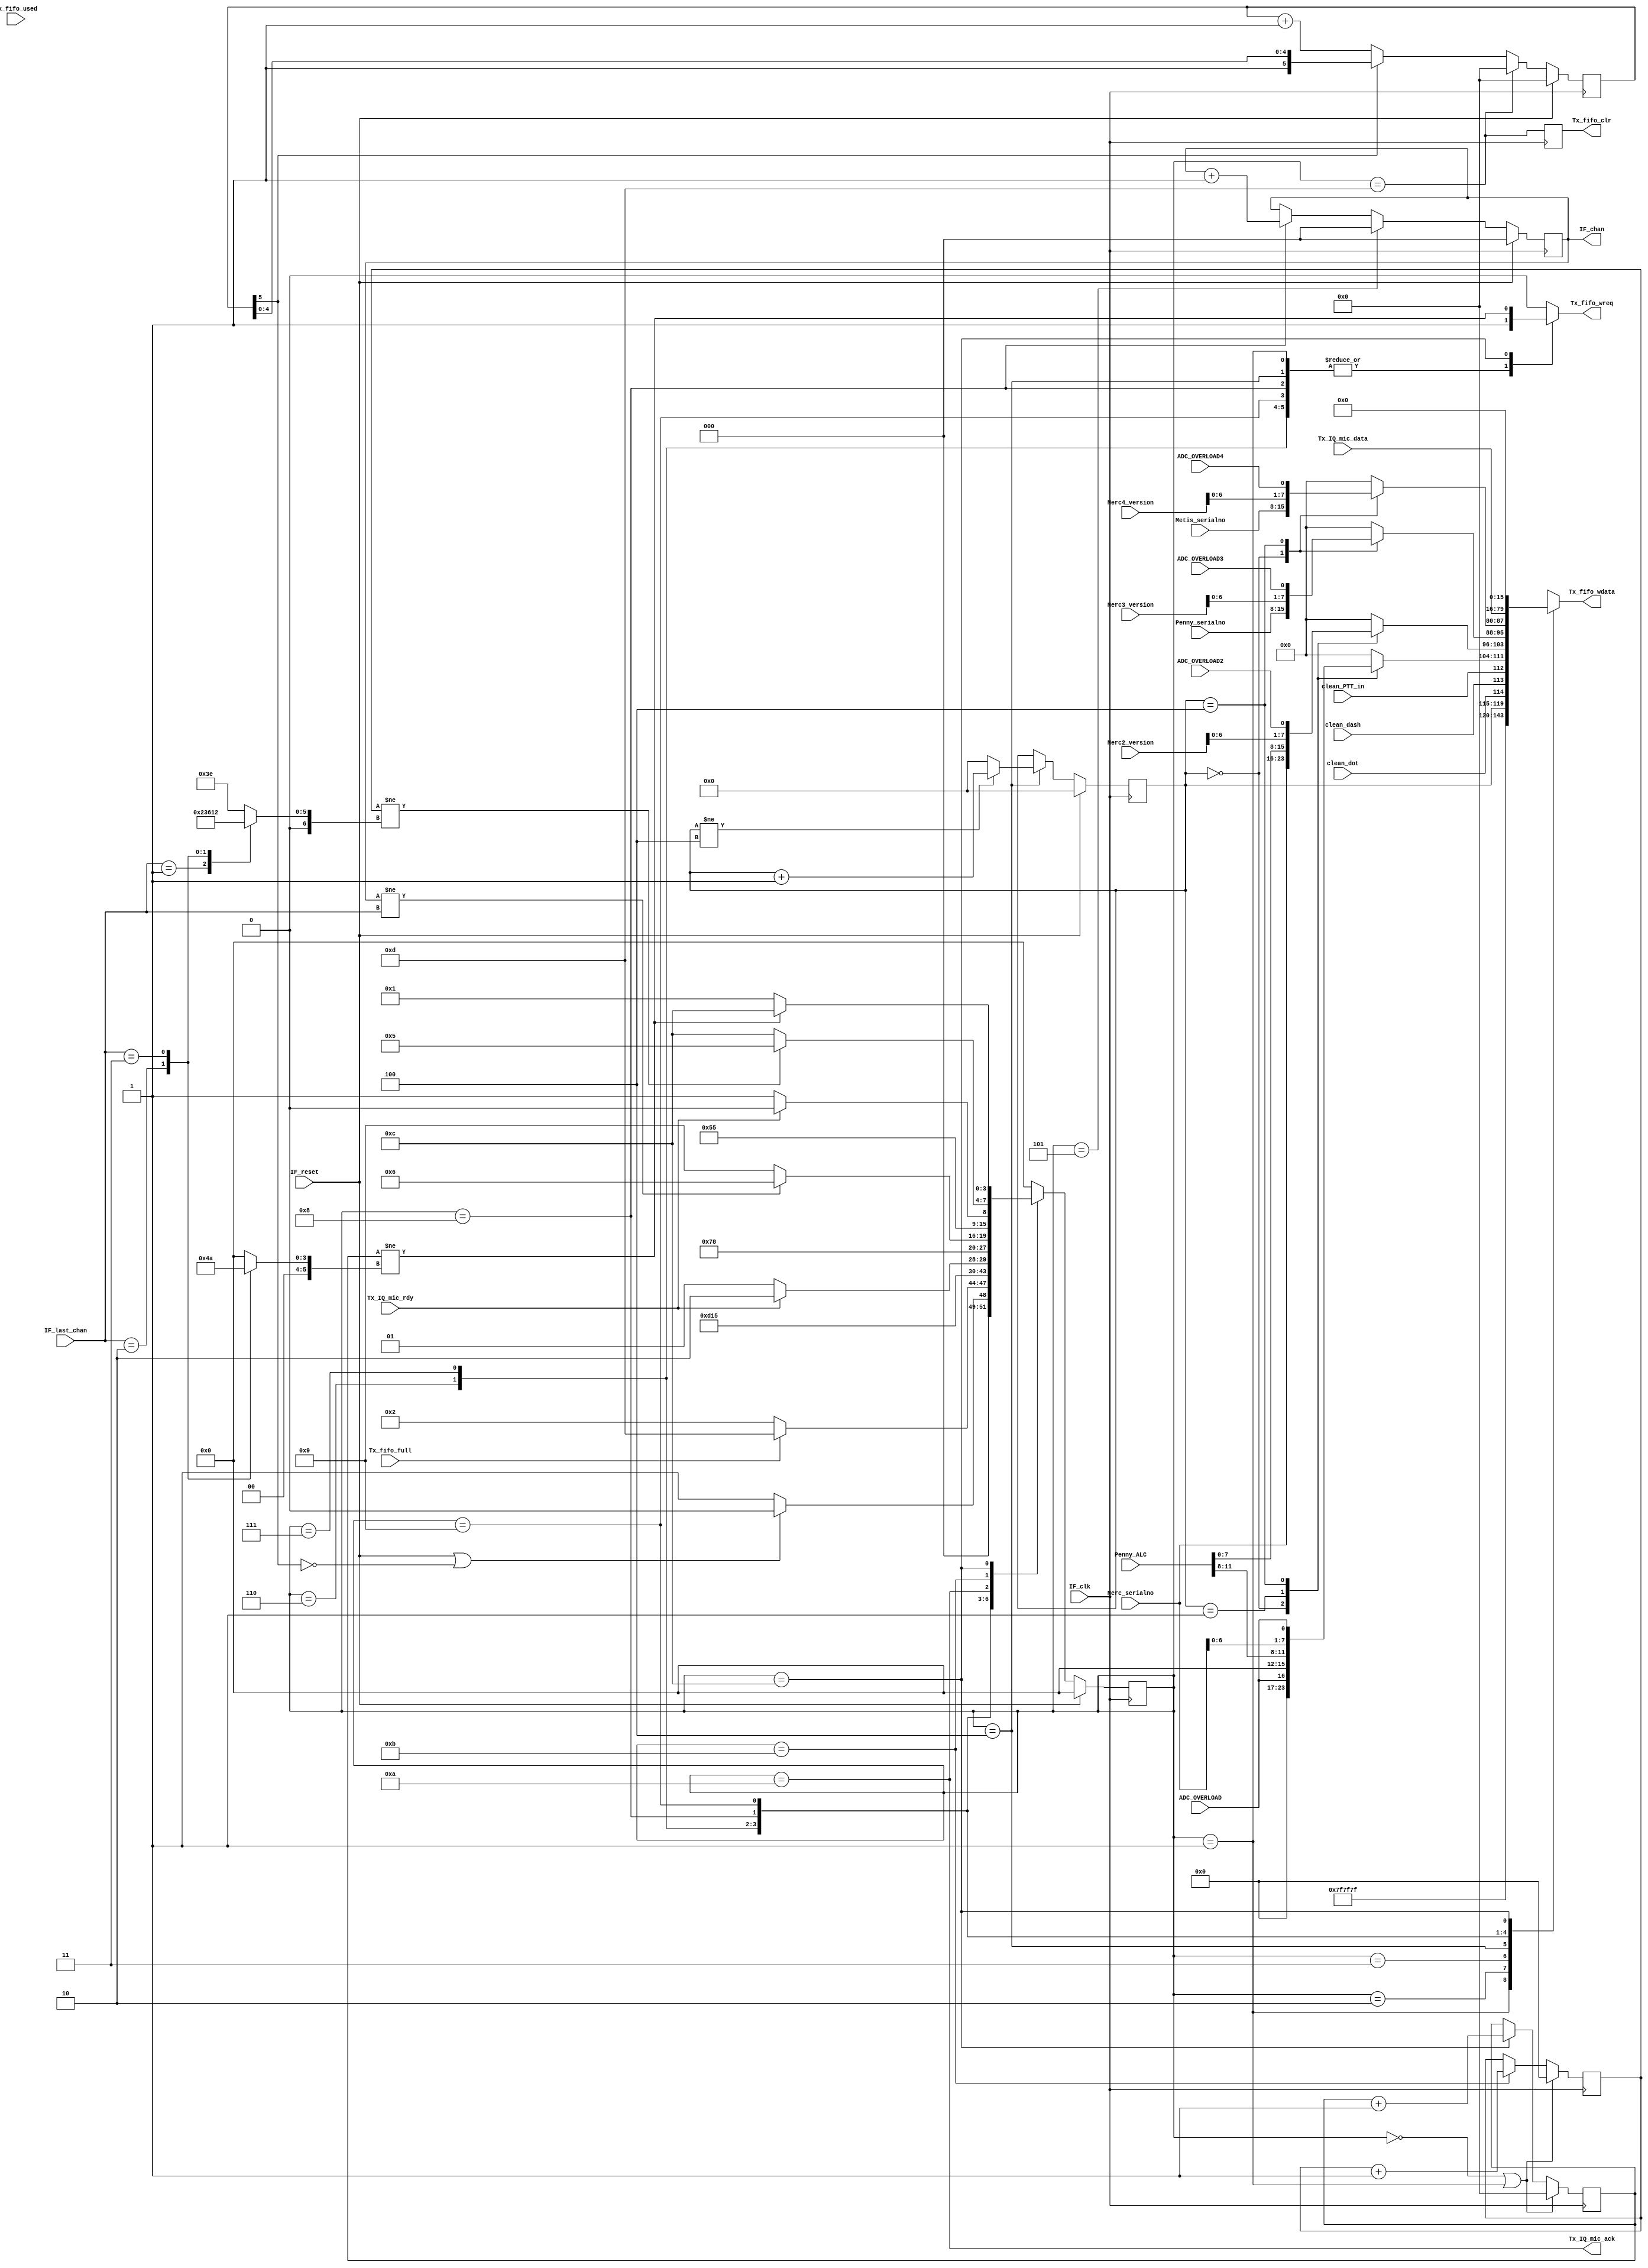
//
//  HPSDR - High Performance Software Defined Radio
//
//  Metis code. 
//
//  This program is free software; you can redistribute it and/or modify
//  it under the terms of the GNU General Public License as published by
//  the Free Software Foundation; either version 2 of the License, or
//  (at your option) any later version.
//
//  This program is distributed in the hope that it will be useful,
//  but WITHOUT ANY WARRANTY; without even the implied warranty of
//  MERCHANTABILITY or FITNESS FOR A PARTICULAR PURPOSE.  See the
//  GNU General Public License for more details.
//
//  You should have received a copy of the GNU General Public License
//  along with this program; if not, write to the Free Software
//  Foundation, Inc., 59 Temple Place, Suite 330, Boston, MA  02111-1307  USA



// Tx_fifo - copyright 2010, 2011 Kirk Weedman KD7IRS





//////////////////////////////////////////////////////////////
//
//      Read A/D converter, send sync and C&C to Tx FIFO
//
//////////////////////////////////////////////////////////////

/*
        The following code sends the sync bytes, control bytes and A/D samples.

        The code is structured around watching transitions of LRCLK which will
        be as fast or faster than CLRCLK (48kHz). 
        
        At each state we determine what data needs to to be latched into a TX_FIFO_SZ word Tx FIFO.

        Each frame is 512 bytes long. Initially 8 bytes of sync & control bytes are sent,
        followed by 512-8 bytes of AK5394A and TLV320 data.  The initial 8 bytes are
        comprised of 3 sync bytes and 5 control bytes. The 504 bytes are comprised of
        NUM_LOOPS *(3 AK539A left bytes, 3 AK5394A right bytes and 2 TLV320 microphone/line
        bytes.

        Each frame is 512 bytes long = 8 initial bytes + NUM_LOOPS*8

        If PTT_in, dot or dash inputs are acitve they are sent in C&C
*/

`timescale 1 ns/100 ps

module Tx_fifo_ctrl(IF_reset, IF_clk, Tx_fifo_wdata, Tx_fifo_wreq, Tx_fifo_full, Tx_fifo_used,
                    Tx_fifo_clr, Tx_IQ_mic_rdy, Tx_IQ_mic_ack,
                    IF_chan, IF_last_chan, Tx_IQ_mic_data,
                    clean_dash, clean_dot, clean_PTT_in, ADC_OVERLOAD, ADC_OVERLOAD2,
                    ADC_OVERLOAD3, ADC_OVERLOAD4,Penny_serialno, Merc_serialno, Merc2_version, 
                    Merc3_version, Merc4_version, Metis_serialno, Penny_ALC);
                    
parameter RX_FIFO_SZ = 2048;
parameter TX_FIFO_SZ = 1024;
parameter IF_TPD = 1;

localparam RFSZ = clogb2(RX_FIFO_SZ-1);  // number of bits needed to hold 0 - (RX_FIFO_SZ-1)
localparam TFSZ = clogb2(TX_FIFO_SZ-1);  // number of bits needed to hold 0 - (TX_FIFO_SZ-1)

input  wire            IF_reset;
input  wire            IF_clk;
output reg      [15:0] Tx_fifo_wdata;    // AK5394A A/D uses this to send its data to Tx FIFO
output reg             Tx_fifo_wreq;     // set when we want to send data to the Tx FIFO
input  wire            Tx_fifo_full;
input  wire [TFSZ-1:0] Tx_fifo_used;
output reg             Tx_fifo_clr;

input  wire            Tx_IQ_mic_rdy;
output wire            Tx_IQ_mic_ack;
output reg       [2:0] IF_chan; // which IF_mic_IQ_Data is needed
input  wire      [2:0] IF_last_chan;
input  wire     [63:0] Tx_IQ_mic_data;

input  wire            clean_dash;       // debounced dash
input  wire            clean_dot;        // debounced dot
input  wire            clean_PTT_in;     // debounced button

input  wire            ADC_OVERLOAD;
input  wire            ADC_OVERLOAD2;
input  wire            ADC_OVERLOAD3;
input  wire            ADC_OVERLOAD4;

input  wire      [7:0] Penny_serialno;
input  wire      [7:0] Merc_serialno;
input  wire      [7:0] Merc2_version;
input  wire      [7:0] Merc3_version;
input  wire      [7:0] Merc4_version;

input  wire      [7:0] Metis_serialno;

input  wire     [11:0] Penny_ALC;

// internal signals
reg       [3:0] AD_state;
reg       [3:0] AD_state_next;
reg       [5:0] AD_timer;

//localparam  MAX_ADDR = 1; // can go from 0 to 31 if needed
localparam  MAX_ADDR = 4; // permits Mercury version & overload reporting for 4 Mercury boards
reg       [4:0] tx_addr; // round robin address from 0 to MAX_ADDR
reg       [7:0] C1_DATA, C2_DATA, C3_DATA, C4_DATA;

localparam  AD_IDLE               = 0,
            AD_SEND_SYNC1         = 1,
            AD_SEND_SYNC2         = 2,
            AD_SEND_CTL1_2        = 3,
            AD_SEND_CTL3_4        = 4,
            AD_SEND_MJ_RDY        = 5,
            AD_SEND_MJ1           = 6,
            AD_SEND_MJ2           = 7,
            AD_SEND_MJ3           = 8,
            AD_SEND_PJ            = 9,
            AD_WAIT               = 10,
            AD_LOOP_CHK           = 11,
            AD_PAD_CHK            = 12,
            AD_ERR                = 13;

reg [6:0] loop_cnt, num_loops;
reg [5:0] pad_cnt, pad_loops;

always @*
begin
  case (IF_last_chan)
/*    0: num_loops = 62; // 252 words / 4  = 63
    1: num_loops = 30; // 252 words / 8  = 31.5
    2: num_loops = 20; // 252 words / 12 = 21
    3: num_loops = 14; // 252 words / 16 = 15.75
    4: num_loops = 11; // 252 words / 20 = 12.6
    5: num_loops = 9;  // 252 words / 24 = 10.5
    6: num_loops = 8;  // 252 words / 28 = 9
    7: num_loops = 6;  // 252 words / 32 = 7.875
*/
    0: num_loops = 62; //(512 - 8)bytes/8 - 1 = 62
    1: num_loops = 35; //(512 - 8)bytes/14 - 1 = 35
    2: num_loops = 24; //(512 - 8)bytes/20 - 1 = 24.2
    3: num_loops = 18; //(512 - 8)bytes/26 - 1 = 18.38
        
    default: num_loops = 62;
  endcase
end

always @*
begin
  case (IF_last_chan)
/*    0: pad_loops = 0;  // 252 words / 4  = 63
    1: pad_loops = 4;  // 252 words / 8  = 31 remainder 4
    2: pad_loops = 0;  // 252 words / 12 = 21
    3: pad_loops = 12; // 252 words / 16 = 15 remainder 12
    4: pad_loops = 12; // 252 words / 20 = 12 remainder 12
    5: pad_loops = 12; // 252 words / 24 = 10 remainder 12
    6: pad_loops = 0;  // 252 words / 28 = 9
    7: pad_loops = 28; // 252 words / 32 = 7 remainder 28
*/
    0: pad_loops = 0;  // ((512 bytes - 8)/8 - 63) * 8  = 0 remainder
    1: pad_loops = 0;  // ((512 bytes - 8)/14 - 36) * 14 = 0 remainder
    2: pad_loops = 4;  // ((512 bytes - 8)/20 - 25) * 20 = 4 remainder
    3: pad_loops = 10; // ((512 bytes - 8)/26 - 19) * 26 = 10 remainder
    
    default: pad_loops = 0;
  endcase
end

assign Tx_IQ_mic_ack = (AD_state == AD_WAIT);

always @ (posedge IF_clk)
begin
  if ((AD_state == AD_IDLE) || (AD_state == AD_SEND_SYNC1))
    loop_cnt  <= #IF_TPD 1'b0;
  else if (AD_state == AD_LOOP_CHK)
    loop_cnt  <= #IF_TPD loop_cnt + 1'b1; // at end of loop so increment loop counter

  if ((AD_state == AD_IDLE) || (AD_state == AD_SEND_SYNC1))
    pad_cnt  <= #IF_TPD 1'b0;
  else if (AD_state == AD_PAD_CHK)
    pad_cnt  <= #IF_TPD pad_cnt + 1'b1; // at end of loop so increment loop counter

  if (IF_reset)
    AD_state <= #IF_TPD AD_IDLE;
  else
    AD_state <= #IF_TPD AD_state_next;

  if (IF_reset)
    tx_addr <= #IF_TPD 1'b0;
  else if (AD_state == AD_SEND_CTL3_4) // toggle it for each frame
  begin
    if (tx_addr != MAX_ADDR)
      tx_addr <= #IF_TPD tx_addr + 1'b1;
    else
      tx_addr <= #IF_TPD 1'b0;
  end

  if (IF_reset)
    AD_timer <= #IF_TPD 0;
  else if (AD_state == AD_ERR)
    AD_timer <= #IF_TPD 0;
  else if (!AD_timer[5])
    AD_timer <= #IF_TPD AD_timer + 1'b1;

  Tx_fifo_clr <= #IF_TPD (AD_state == AD_ERR);

  if (IF_reset)
    IF_chan <= #IF_TPD 1'b0;
  else if (AD_state == AD_SEND_MJ_RDY)
    IF_chan <= #IF_TPD 1'b0;
  else if (AD_state == AD_SEND_MJ3)
    IF_chan <= #IF_TPD IF_chan + 1'b1;
end

always @*
begin 
  case (tx_addr)
    0:
    begin
      C1_DATA = {7'b0,ADC_OVERLOAD};
      C2_DATA = Merc_serialno;
      C3_DATA = Penny_serialno;
      C4_DATA = Metis_serialno;
    end

    1:
    begin
      C1_DATA = {4'b0,Penny_ALC[11:8]};
      C2_DATA = Penny_ALC[7:0];
      C3_DATA = 8'b0; // reserved for Bits 7-0 of Reverse Power from Alex
      C4_DATA = 8'b0; // reserved for Bits 7-0 of Reverse Power from Alex
    end

    2:
    begin
      C1_DATA = 8'b0;
      C2_DATA = 8'b0;
      C3_DATA = 8'b0;
      C4_DATA = 8'b0;
    end

    3:
    begin
      C1_DATA = 8'b0;
      C2_DATA = 8'b0;
      C3_DATA = 8'b0;
      C4_DATA = 8'b0;
    end

    4:
    begin
      C1_DATA = {Merc_serialno, ADC_OVERLOAD};   //Mercury1 version & ovld report
      C2_DATA = {Merc2_version, ADC_OVERLOAD2};  //Mercury2 version & ovld report
      C3_DATA = {Merc3_version, ADC_OVERLOAD3};  //Mercury3 version & ovld report
      C4_DATA = {Merc4_version, ADC_OVERLOAD4};  //Mercury4 version & ovld report
    end
   
    default:
    begin
      C1_DATA = 8'b0;
      C2_DATA = 8'b0;
      C3_DATA = 8'b0; // reserved for Bits 7-0 of Reverse Power from Alex
      C4_DATA = 8'b0; // reserved for Bits 7-0 of Reverse Power from Alex
    end   
  endcase
end


always @*
begin 
  case (AD_state)
    AD_IDLE:
    begin
      Tx_fifo_wdata   = {16{1'bx}};
      Tx_fifo_wreq    = 1'b0;
      if (IF_reset || !AD_timer[5])
        AD_state_next = AD_IDLE;
      else // Tx_fifo can't immediately take data after reset
        AD_state_next = AD_SEND_SYNC1;
    end

    AD_SEND_SYNC1:
    begin
      Tx_fifo_wdata   = 16'h7F7F;
      Tx_fifo_wreq  = 1'b1;      // strobe sync (7F7F) into Tx FIFO
      if (Tx_fifo_full)          // Oops! buffer overflow!  Hate it when that happens...
        AD_state_next = AD_ERR;  // error handling will need to clear the fifo
      else
        AD_state_next = AD_SEND_SYNC2;
    end

    AD_SEND_SYNC2:
    begin  
      Tx_fifo_wdata   = {8'h7F, tx_addr, clean_dot, clean_dash, clean_PTT_in};
      Tx_fifo_wreq    = 1'b1;
      AD_state_next   = AD_SEND_CTL1_2;
    end

    AD_SEND_CTL1_2:
    begin
      Tx_fifo_wdata   = {C1_DATA, C2_DATA};
      Tx_fifo_wreq    = 1'b1;
      AD_state_next   = AD_SEND_CTL3_4;
    end

    AD_SEND_CTL3_4:
    begin 
      Tx_fifo_wdata   = {C3_DATA, C4_DATA};
      Tx_fifo_wreq    = 1'b1;
      AD_state_next   = AD_SEND_MJ_RDY;
    end


    AD_SEND_MJ_RDY:
    begin
      Tx_fifo_wdata   = {16{1'bx}};
      Tx_fifo_wreq    = 1'b0;
      if (!Tx_IQ_mic_rdy)
        AD_state_next = AD_SEND_MJ_RDY;
      else
        AD_state_next = AD_SEND_MJ1;
    end
  
    AD_SEND_MJ1:
    begin
      Tx_fifo_wdata   = Tx_IQ_mic_data[63:48];
      Tx_fifo_wreq    = 1'b1;
      AD_state_next   = AD_SEND_MJ2;
    end

    AD_SEND_MJ2:
    begin
      Tx_fifo_wdata   = Tx_IQ_mic_data[47:32];
      Tx_fifo_wreq    = 1'b1;
      AD_state_next   = AD_SEND_MJ3;
    end

    AD_SEND_MJ3:
    begin 
      Tx_fifo_wdata   = Tx_IQ_mic_data[31:16]; // Mercury/Janus Right Lower data word
      Tx_fifo_wreq    = 1'b1;
      if (IF_chan != IF_last_chan)
        AD_state_next   = AD_SEND_MJ1;
      else
        AD_state_next   = AD_SEND_PJ;
    end

    AD_SEND_PJ:
    begin 
      Tx_fifo_wdata   = Tx_IQ_mic_data[15:0];
      Tx_fifo_wreq    = 1'b1;
      AD_state_next   = AD_WAIT;
    end

    AD_WAIT:
    begin 
      Tx_fifo_wdata   = {16{1'bx}};
      Tx_fifo_wreq    = 1'b0;
      if (Tx_IQ_mic_rdy)
        AD_state_next = AD_WAIT; // wait here till Tx_IQ_mic_rdy goes back low
      else
        AD_state_next = AD_LOOP_CHK;
    end

    AD_LOOP_CHK:
    begin 
      Tx_fifo_wdata   = {16{1'bx}};
      Tx_fifo_wreq    = 1'b0;
      if (loop_cnt != num_loops)
        AD_state_next = AD_SEND_MJ_RDY;
      else
        AD_state_next = AD_PAD_CHK;
    end

    AD_PAD_CHK:
    begin 
      Tx_fifo_wdata   = 16'b0;
      Tx_fifo_wreq    = (pad_cnt != pad_loops);
      if (pad_cnt != pad_loops)
        AD_state_next = AD_PAD_CHK;
      else
        AD_state_next = AD_SEND_SYNC1;
    end

    AD_ERR:
    begin
      Tx_fifo_wdata   = {16{1'bx}};
      Tx_fifo_wreq    = 1'b0;
      AD_state_next   = AD_IDLE; // wait for TX FIFO to reset
    end

    default:
    begin
      Tx_fifo_wdata   = {16{1'bx}};
      Tx_fifo_wreq    = 1'b0;
      AD_state_next   = AD_IDLE;
    end
  endcase
end

function integer clogb2;
input [31:0] depth;
begin
  for(clogb2=0; depth>0; clogb2=clogb2+1)
  depth = depth >> 1;
end
endfunction

endmodule